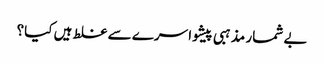
بے شمار مذہبی پیشوا سرے سے غلط ہیں کیا؟